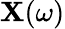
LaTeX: \mathbf{X}(\omega)